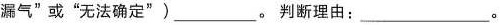
漏气”或”无法确定”)\underline。判断理由：\underline。